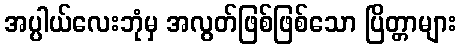
အပ္ပါယ်လေးဘုံမှ အလွတ်ဖြစ်ဖြစ်သော ပြိတ္တာများ